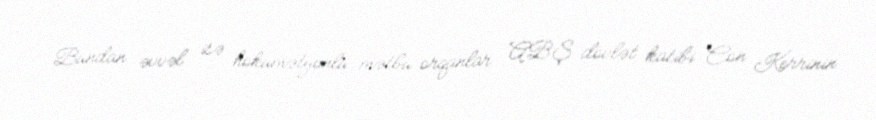
Bundan əvvəl isə hökumətyönlü mətbu orqanlar ABŞ dövlət katibi Con Kerrinin